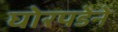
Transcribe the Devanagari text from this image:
घोरपडेने